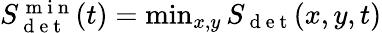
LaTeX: \begin{array}{r}{S_{\mathrm{~d~e~t~}}^{\mathrm{~m~i~n~}}(t)=\operatorname*{min}_{x,y}S_{\mathrm{~d~e~t~}}(x,y,t)}\end{array}